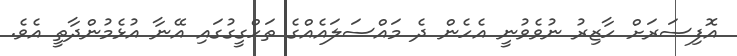
އޮފިސަރަށް ހާޒިރު ނުވެވުނީ އެހެން ދެ މައްސަލައެއްގެ ތަހްގީގުގައި އޭނާ އުޅެމުންދާތީ އެވެ.